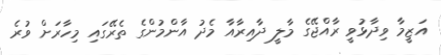
އަޒީމާ ވިދާޅުވީ ރާއްޖޭގެ މާލީ ދާއިރާއާ މެދު އާންމުންގެ ތެރޭގައި މިހާރަށް ވުރެ